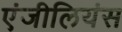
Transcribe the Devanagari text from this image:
एंजीलियंस